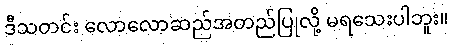
ဒီသတင်း လောလောဆည်အတည်ပြုလို့ မရသေးပါဘူး။